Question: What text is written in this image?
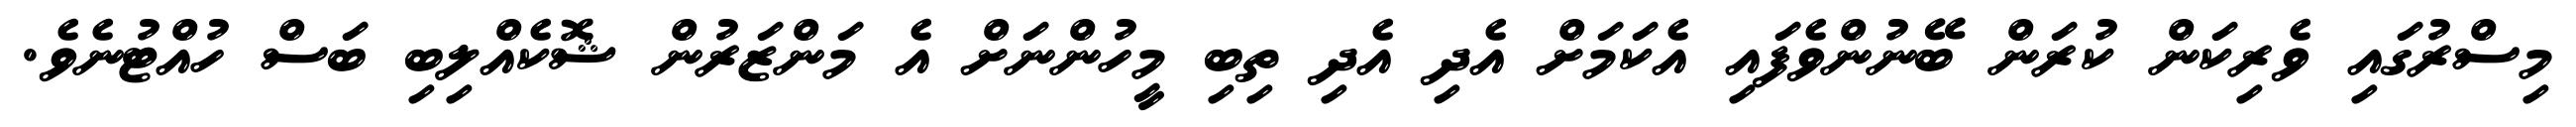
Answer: މިސްރުގައި ވެރިކަން ކުރަން ބޭނުންވެފައި އެކަމަށް އެދި އެދި ތިބި މީހުންނަށް އެ މަންޒަރުން ޝޮކެއްލިބި ބަސް ހުއްޓުނެވެ.